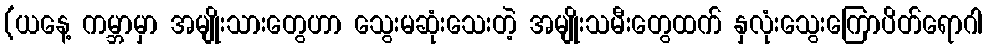
(ယနေ့ ကမ္ဘာမှာ အမျိုးသားတွေဟာ သွေးမဆုံးသေးတဲ့ အမျိုးသမီးတွေထက် နှလုံးသွေးကြောပိတ်ရောဂါ